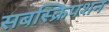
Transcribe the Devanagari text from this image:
सबस्क्रिपशन